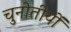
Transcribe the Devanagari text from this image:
चुनोतीयों